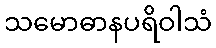
သမောဓာနပရိဝါသံ